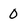
Character: 0